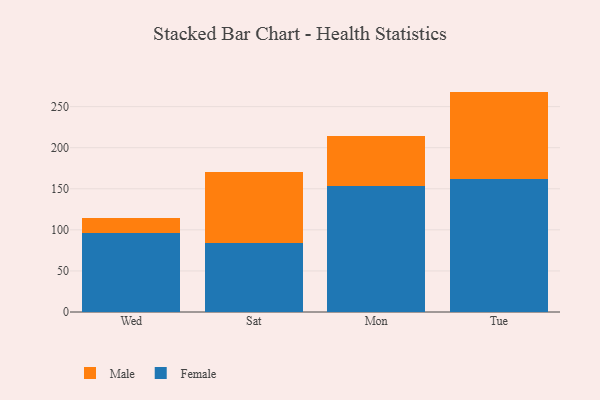
{"axis": {"x": "Day", "y": "Temperature (°C)"}, "legend": ["Female", "Male"], "data": [{"x": "Wed", "y": 96.1, "type": "Female"}, {"x": "Wed", "y": 17.8, "type": "Male"}, {"x": "Sat", "y": 84.2, "type": "Female"}, {"x": "Sat", "y": 86.7, "type": "Male"}, {"x": "Mon", "y": 153.1, "type": "Female"}, {"x": "Mon", "y": 60.8, "type": "Male"}, {"x": "Tue", "y": 161.7, "type": "Female"}, {"x": "Tue", "y": 106.6, "type": "Male"}]}